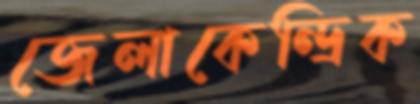
জেলাকেন্দ্রিক